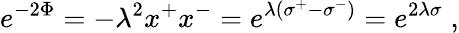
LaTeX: e^{-2\Phi}=-\lambda^{2}x^{+}x^{-}=e^{\lambda\left(\sigma^{+}-\sigma^{-}\right)}=e^{2\lambda\sigma}\; ,